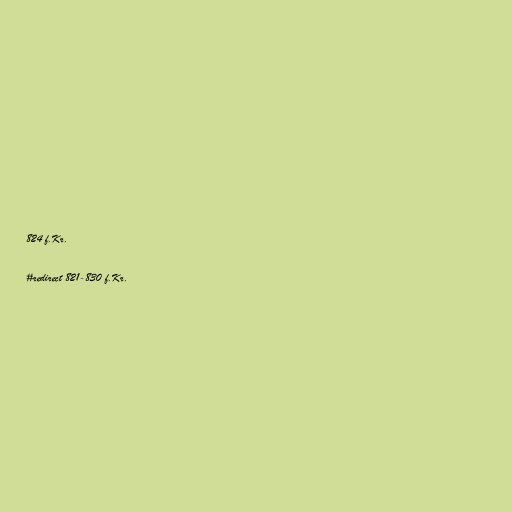
824 f.Kr.

#redirect 821-830 f.Kr.